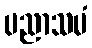
ပညာသမံ